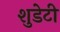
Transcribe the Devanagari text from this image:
शुडेटी